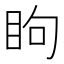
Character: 眗